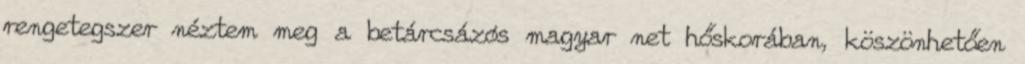
rengetegszer néztem meg a betárcsázós magyar net hőskorában, köszönhetően